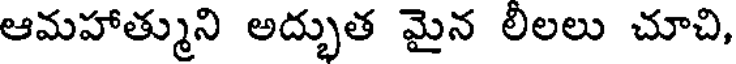
ఆమహాత్ముని అద్భుత మైన లిలలు చూచి,